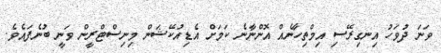
ވަނަ ދުވަހު އިނގިރޭސި އިމްތިހާނެއް އޮންނާނެ ކަމަށް އެޑިއުކޭޝަން މިނިސްޓްރީން ވަނީ ބުނެފައެވެ.